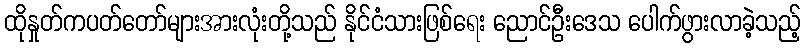
ထိုနှုတ်ကပတ်တော်များအားလုံးတို့သည် နိုင်ငံသားဖြစ်ရေး ညောင်ဦးဒေသ ပေါက်ဖွားလာခဲ့သည့်